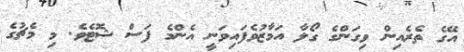
އޭގެ ތެރެއިން ވިގަންގެ ގޯލާ އަމާޒުވެފައިވަނީ އެންމެ ފަސް ޝޮޓެވެ. މި މެޗުގެ